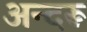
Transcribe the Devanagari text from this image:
अन्दरू